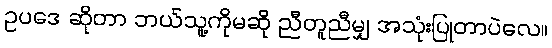
ဥပဒေ ဆိုတာ ဘယ်သူ့ကိုမဆို ညီတူညီမျှ အသုံးပြုတာပဲလေ။